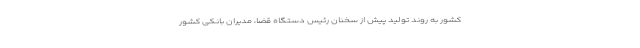
کشور به روند تولید پیش از سخنان رئیس دستگاه قضا، مدیران بانکی کشور